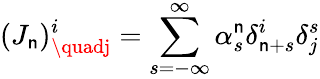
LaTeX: (J_{\mathsf{n}})_{\quadj}^{i}=\sum_{s=-\infty}^{\infty}\alpha_{s}^{\mathsf{n}}\delta_{\mathsf{n}+s}^{i}\delta_{j}^{s}